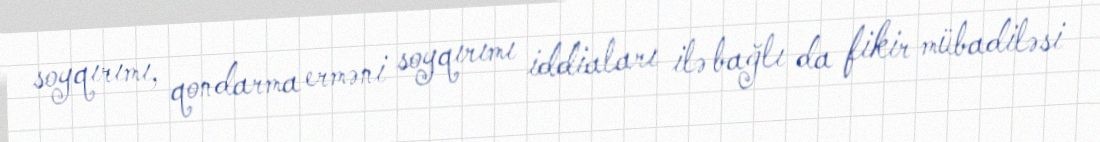
soyqırımı, qondarma erməni soyqırımı iddiaları ilə bağlı da fikir mübadiləsi